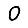
Digit: 0